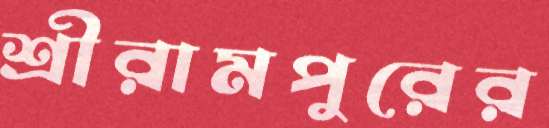
শ্রীরামপুরের